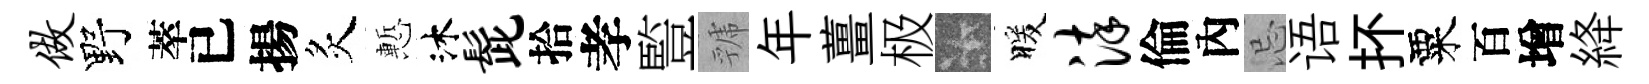
做野萃已揚炙慙沐髭拾孝䜿虢年薑极卡暖染倫內忌语抔粟百增絳